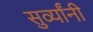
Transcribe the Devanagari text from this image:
सुर्व्यांनी